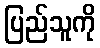
ပြည်သူကို